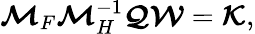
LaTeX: \boldsymbol{\mathcal{M}}_{F}\boldsymbol{\mathcal{M}}_{H}^{-1}\boldsymbol{\mathcal{Q}}\boldsymbol{\mathcal{W}}=\boldsymbol{\mathcal{K}},